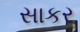
સાકર